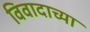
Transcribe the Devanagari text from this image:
विवादाच्या